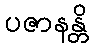
ပဇာနန္တိ